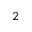
_ { 2 }